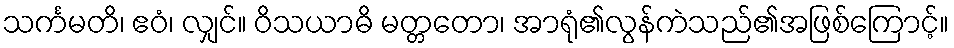
သင်္ကမတိ၊ ဧဝံ၊ လျှင်။ ဝိသယာဓိ မတ္တတော၊ အာရုံ၏လွန်ကဲသည်၏အဖြစ်ကြောင့်။